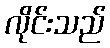
လိုင်းသည်